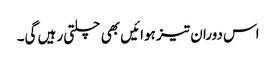
اس دوران تیز ہوائیں بھی چلتی رہیں گی۔